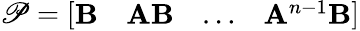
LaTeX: \mathscr{P}=\left[\begin{array}{llll}{\mathbf{B}}&{\mathbf{A}\mathbf{B}}&{\dots}&{\mathbf{A}^{n-1}\mathbf{B}}\end{array}\right]